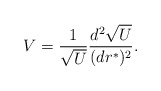
\begin{align*}V = {1\over \sqrt{U}} {d^2 \sqrt{U}\over (dr^*)^2}.\end{align*}